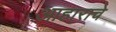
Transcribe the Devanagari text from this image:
आहाराचे